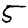
Digit: 5